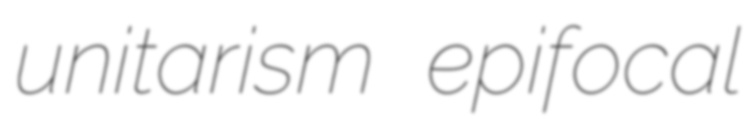
unitarism epifocal